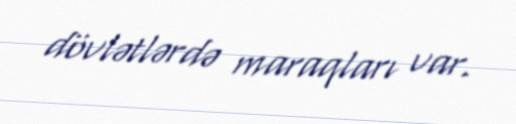
dövlətlərdə maraqları var.